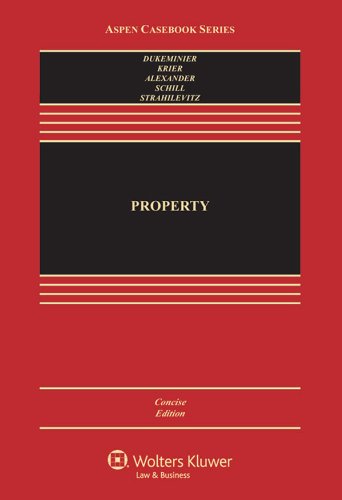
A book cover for Property, Concise Edition (Aspen Casebook Series); Jesse Dukeminier; Law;